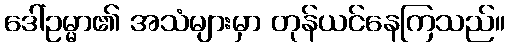
ဒေါ်ဥမ္မာ၏ အသံများမှာ တုန်ယင်နေကြသည်။